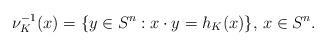
LaTeX: \begin{align*}\nu_K^{-1}(x)=\{ y\in S^n: x\cdot y=h_K(x)\}, \, x\in S^n.\end{align*}